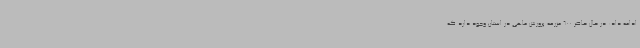
ادامه داد: در حال حاضر 600 مزرعه پرورش ماهی در استان وجود دارد که